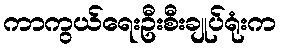
ကာကွယ်ရေးဦးစီးချုပ်ရုံးက